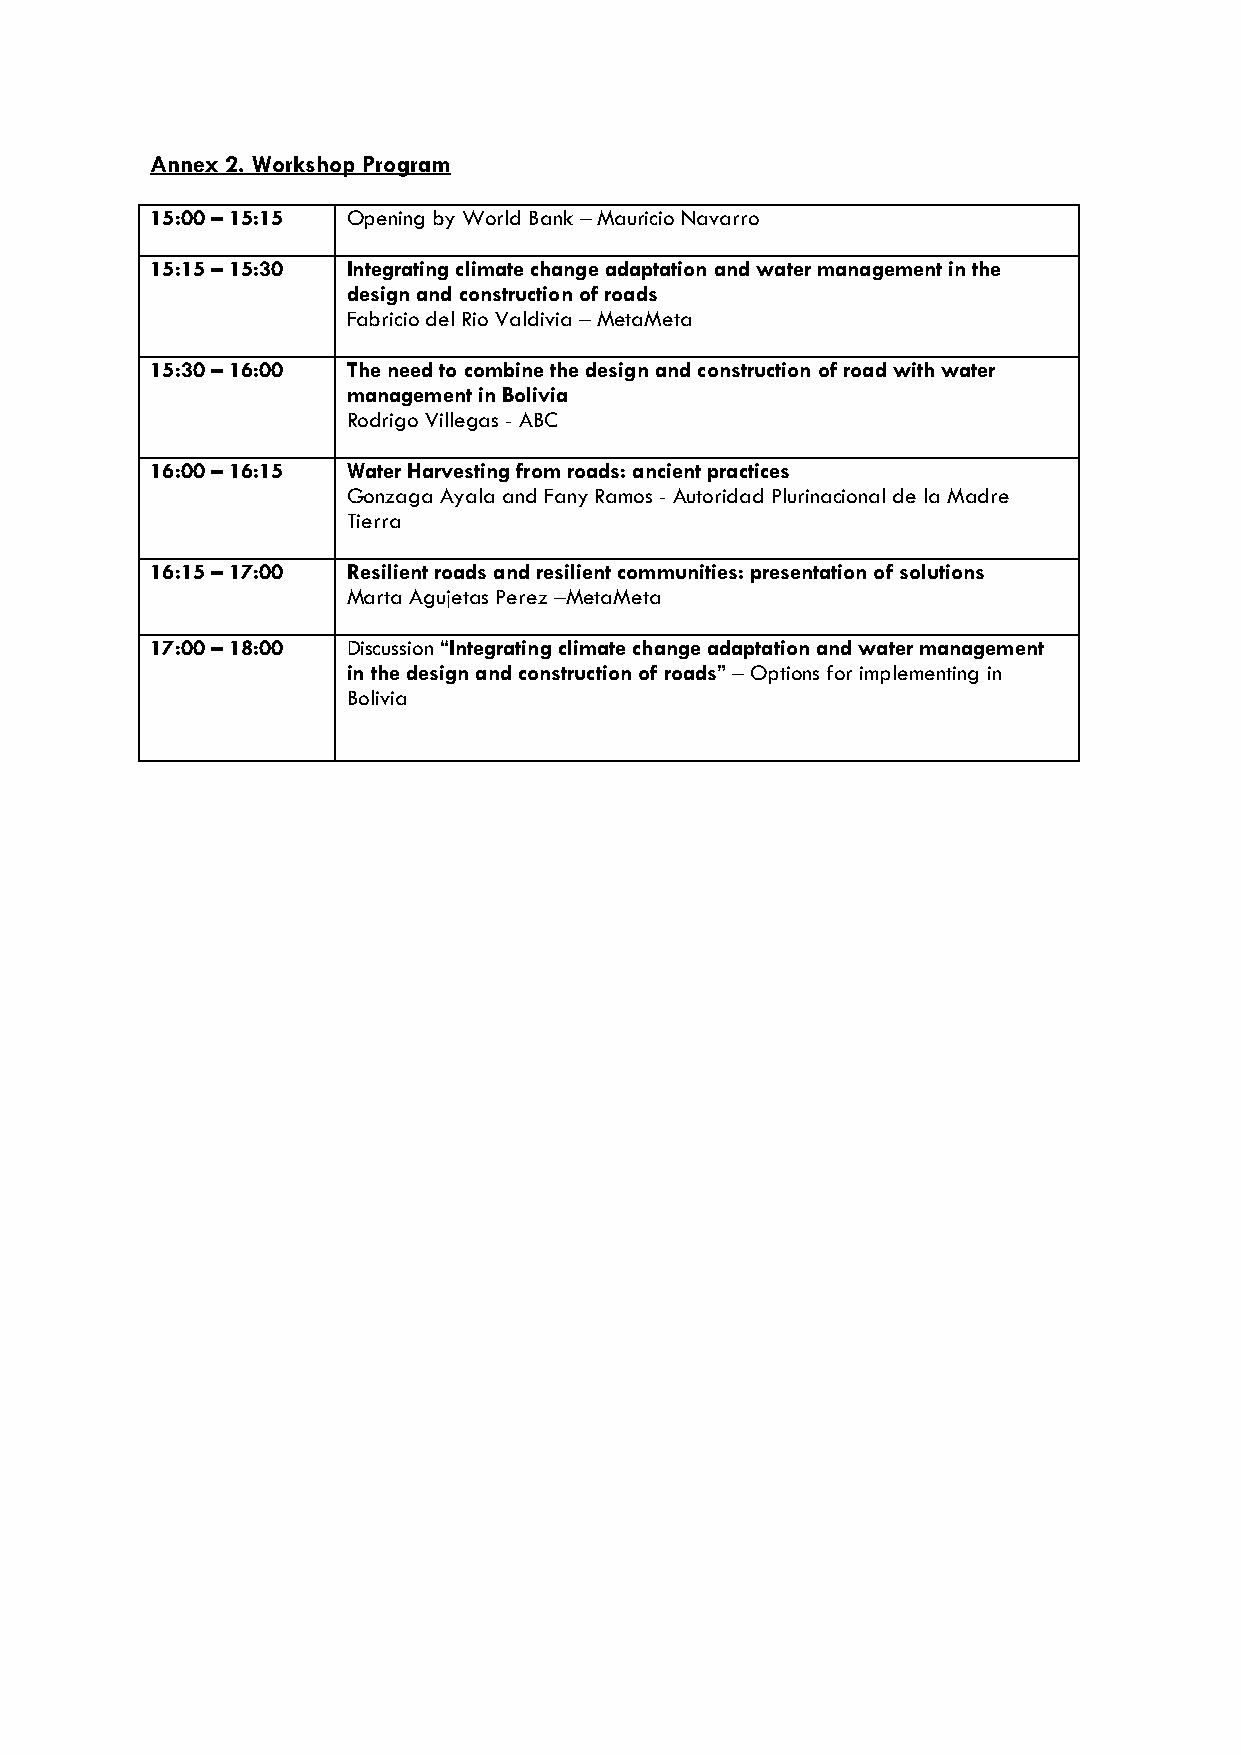
Annex 2. Workshop Program
 15:00 – 15:15 Opening by World Bank – Mauricio Navarro
 15:15 – 15:30 Integrating climate change adaptation and water management in the
 design and construction of roads
 Fabricio del Rio Valdivia – MetaMeta
 15:30 – 16:00 The need to combine the design and construction of road with water
 management in Bolivia
 Rodrigo Villegas - ABC
 16:00 – 16:15 Water Harvesting from roads: ancient practices
 Gonzaga Ayala and Fany Ramos - Autoridad Plurinacional de la Madre
 Tierra
 16:15 – 17:00 Resilient roads and resilient communities: presentation of solutions
 Marta Agujetas Perez –MetaMeta
 17:00 – 18:00 Discussion “Integrating climate change adaptation and water management
 in the design and construction of roads” – Options for implementing in
 Bolivia